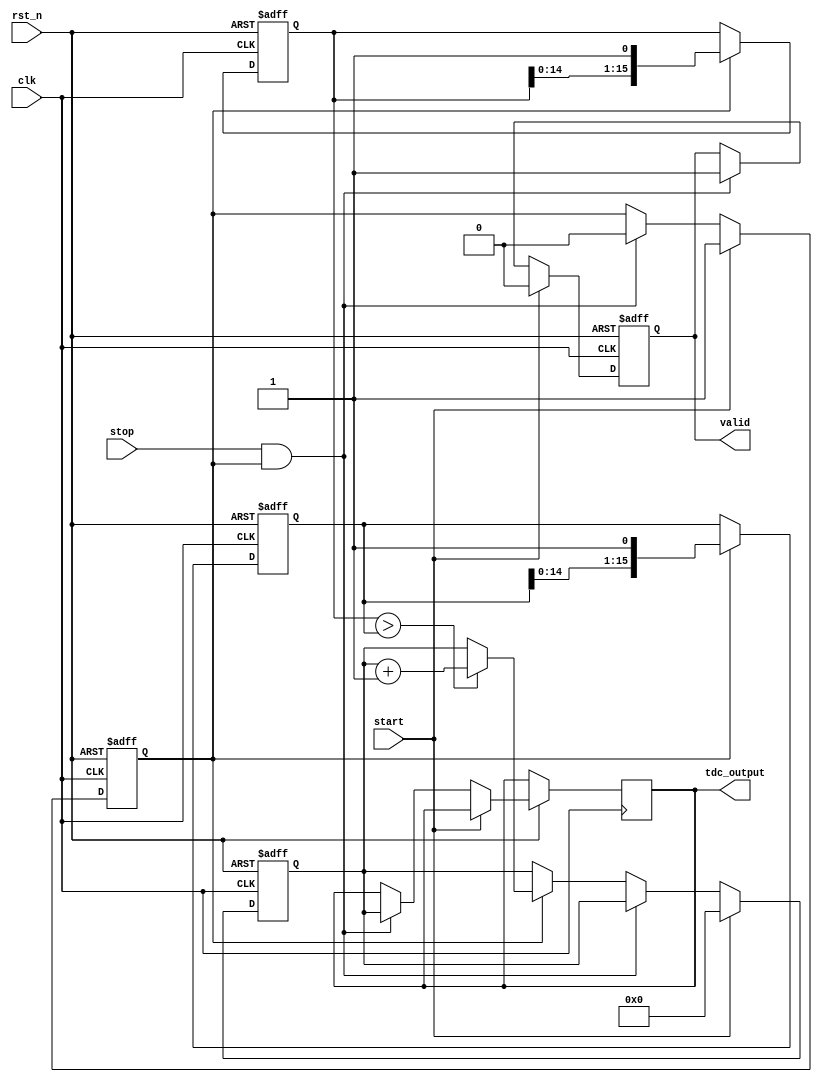
module TDC_Vernier_Delay_Line (
    input wire clk,               // System clock
    input wire rst_n,             // Active low reset
    input wire start,             // Start signal
    input wire stop,              // Stop signal
    output reg [15:0] tdc_output, // 16-bit digital output for time interval
    output reg valid              // Output valid signal
);

    // Parameters for delay lines
    parameter NUM_DELAY_STAGES = 16; // Number of delay stages
    parameter DELAY_INCREMENT_REF = 5; // Delay increment for reference line (in ns)
    parameter DELAY_INCREMENT_MEAS = 4; // Delay increment for measuring line (in ns)

    // Delay line registers
    reg [NUM_DELAY_STAGES-1:0] ref_delay_line;
    reg [NUM_DELAY_STAGES-1:0] meas_delay_line;
    
    // Counter for measuring time intervals
    reg [15:0] counter;
    reg measuring;

    // Initialize the delay lines
    initial begin
        ref_delay_line = 0;
        meas_delay_line = 0;
        counter = 0;
        measuring = 0;
        tdc_output = 0;
        valid = 0;
    end

    // Reference delay line generation
    always @(posedge clk or negedge rst_n) begin
        if (!rst_n) begin
            ref_delay_line <= 0;
        end else if (measuring) begin
            ref_delay_line <= {ref_delay_line[NUM_DELAY_STAGES-2:0], 1'b1}; // Shift in a new delay stage
        end
    end

    // Measuring delay line generation
    always @(posedge clk or negedge rst_n) begin
        if (!rst_n) begin
            meas_delay_line <= 0;
        end else if (measuring) begin
            meas_delay_line <= {meas_delay_line[NUM_DELAY_STAGES-2:0], 1'b1}; // Shift in a new delay stage
        end
    end

    // Counting logic
    always @(posedge clk or negedge rst_n) begin
        if (!rst_n) begin
            counter <= 0;
            measuring <= 0;
            valid <= 0;
        end else begin
            if (start) begin
                measuring <= 1; // Start measuring
                counter <= 0;   // Reset counter
                valid <= 0;    // Reset valid signal
            end else if (stop && measuring) begin
                measuring <= 0; // Stop measuring
                tdc_output <= counter; // Capture the counter value
                valid <= 1; // Set valid output
            end else if (measuring) begin
                // Increment counter based on the delay line comparison
                if (meas_delay_line > ref_delay_line) begin
                    counter <= counter + 1; // Increment counter
                end
            end
        end
    end

endmodule